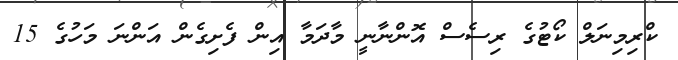
ކްރިމިނަލް ކޯޓުގެ ރިސެސް އޮންނާނީ މާދަމާ އިން ފެށިގެން އަންނަ މަހުގެ 15